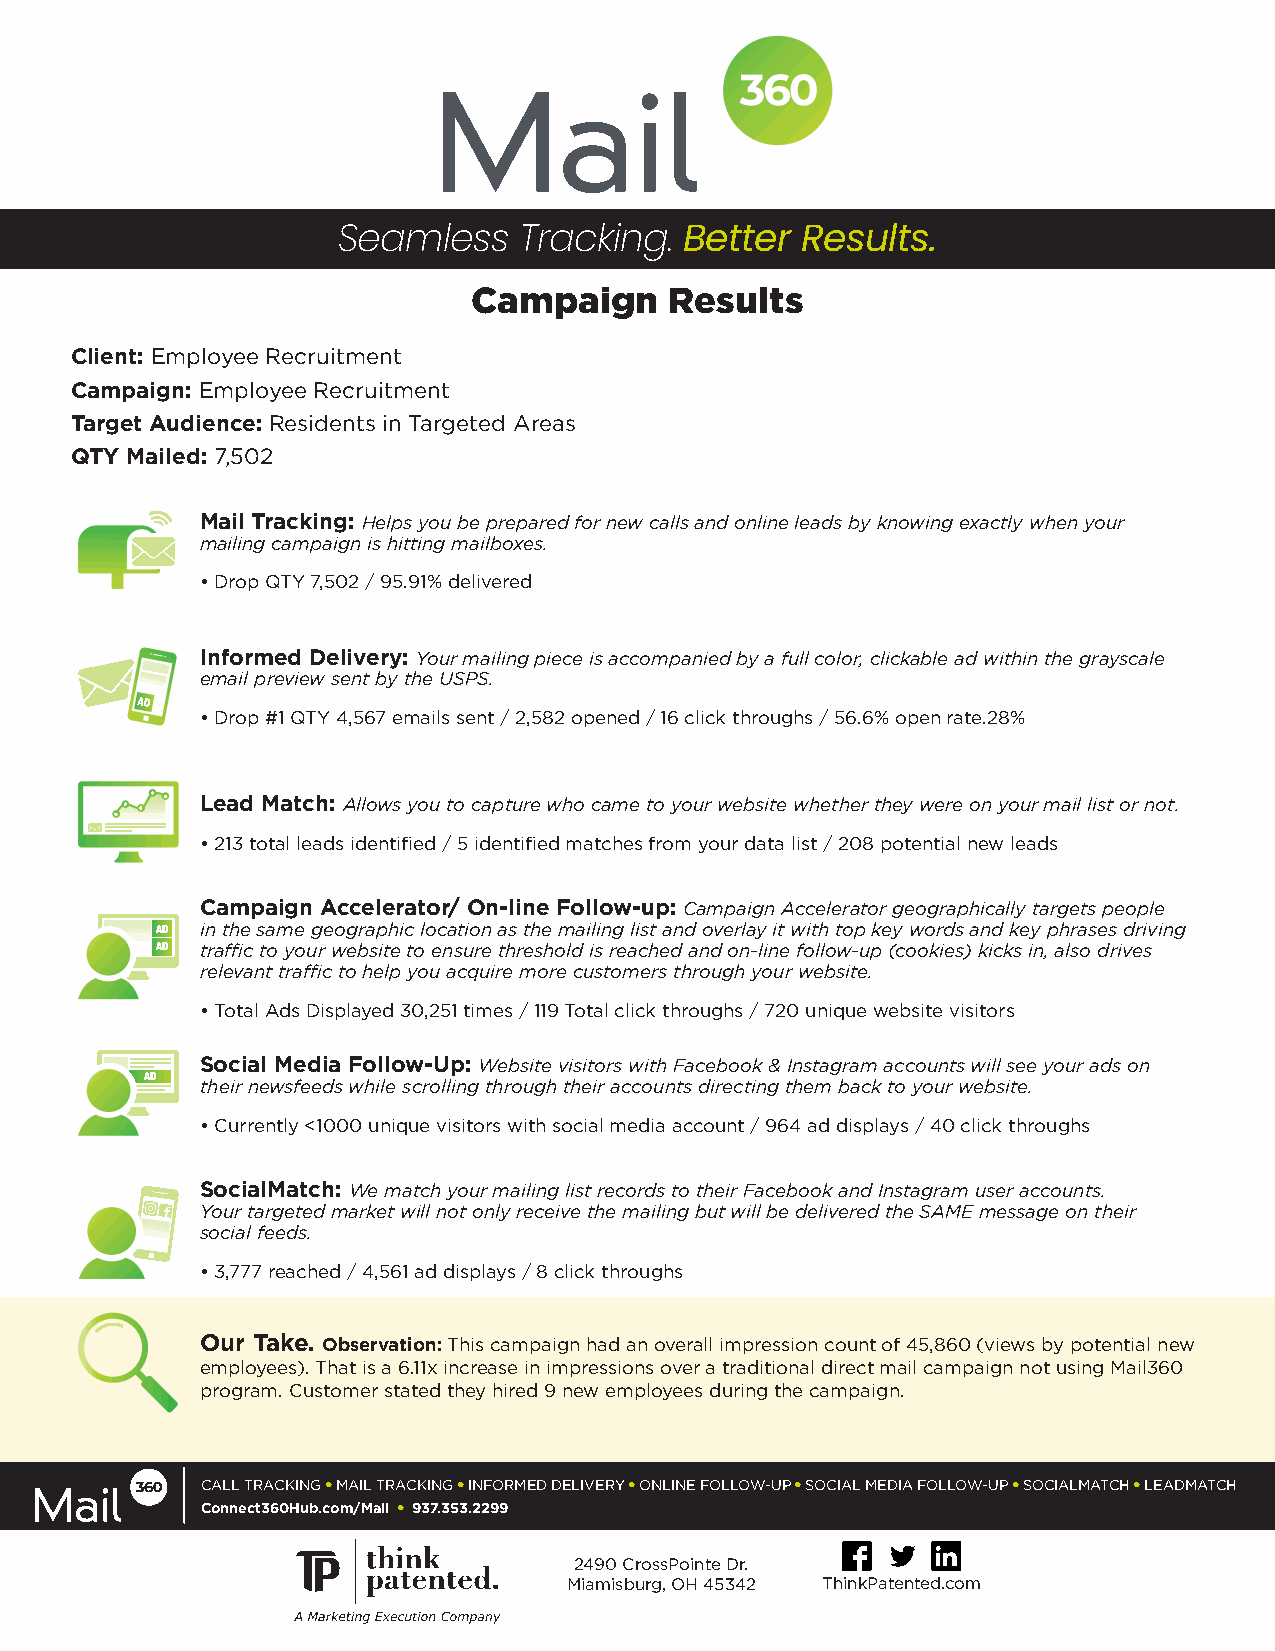
Seamless    Tracking.  Better  Results.
 Campaign     Results
 Client: Employee Recruitment
 Campaign: Employee Recruitment
 Target Audience: Residents in Targeted Areas
 QTY Mailed: 7,502
 Mail Tracking: Helps you be prepared for new calls and online leads by knowing exactly when your
 mailing campaign is hitting mailboxes.
 • Drop QTY 7,502 / 95.91% delivered
 Informed Delivery: Your mailing piece is accompanied by a full color, clickable ad within the grayscale
 email preview sent by the USPS.
 AD
 • Drop #1 QTY 4,567 emails sent / 2,582 opened / 16 click throughs / 56.6% open rate.28%
 Lead Match: Allows you to capture who came to your website whether they were on your mail list or not.
 • 213 total leads identified / 5 identified matches from your data list / 208 potential new leads
 Campaign Accelerator/ On-line Follow-up: Campaign Accelerator geographically targets people
 AD in the same geographic location as the mailing list and overlay it with top key words and key phrases driving
 AD traffic to your website to ensure threshold is reached and on-line follow-up (cookies) kicks in, also drives
 relevant traffic to help you acquire more customers through your website.
 • Total Ads Displayed 30,251 times / 119 Total click throughs / 720 unique website visitors
 Social Media Follow-Up: Website visitors with Facebook & Instagram accounts will see your ads on
 AD their newsfeeds while scrolling through their accounts directing them back to your website.
 • Currently <1000 unique visitors with social media account / 964 ad displays / 40 click throughs
 SocialMatch: We match your mailing list records to their Facebook and Instagram user accounts.
 Your targeted market will not only receive the mailing but will be delivered the SAME message on their
 social feeds.
 • 3,777 reached / 4,561 ad displays / 8 click throughs
 Our Take. Observation: This campaign had an overall impression count of 45,860 (views by potential new
 employees). That is a 6.11x increase in impressions over a traditional direct mail campaign not using Mail360
 program. Customer stated they hired 9 new employees during the campaign.
 CALL TRACKING • MAIL TRACKING • INFORMED DELIVERY • ONLINE FOLLOW-UP • SOCIAL MEDIA FOLLOW-UP • SOCIALMATCH • LEADMATCH
 Connect360Hub.com/Mail • 937.353.2299
 2490 CrossPointe Dr.
 Miamisburg, OH 45342 ThinkPatented.com